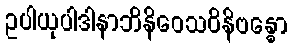
ဥပါယုပါဒါနာဘိနိဝေသဝိနိဗန္ဓော